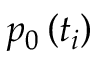
p _ { 0 } \left( t _ { i } \right)